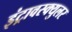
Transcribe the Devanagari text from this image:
इंट्रावस्क्युलर